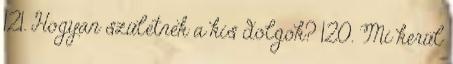
121. Hogyan születnek a kis dolgok? 120. Mi kerül